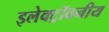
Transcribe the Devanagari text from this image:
इलेक्ट्रॉवनीय